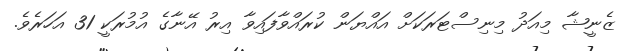
ޒެނީޝާ މިއަދު މިނިސްޓަރަކަށް އައްޔަން ކުރައްވާފައިވާ އިރު އޭނާގެ އުމުރަކީ 31 އަހަރެވެ.